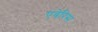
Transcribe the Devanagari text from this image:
एबेरिस